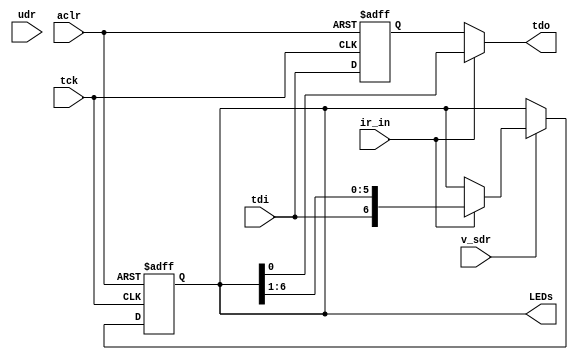
module vJTAG_interface (
    input tck, tdi, aclr, ir_in,v_sdr, udr,
 
    output reg [6:0] LEDs,
    output reg tdo
 
);
 
reg DR0_bypass_reg; // Safeguard in case bad IR is sent through JTAG
reg [6:0] DR1; // Date, time and revision DR.  We could make separate Data Registers for each one, but
 
wire select_DR0 = !ir_in; // Default to 0, which is the bypass register
wire select_DR1 = ir_in; //Data Register 1 will collect the new LED Settings
 
always @ (posedge tck or posedge aclr)
begin
    if (aclr)
    begin
        DR0_bypass_reg <= 1'b0;
        DR1 <= 7'b000000;
    end
    else
    begin
        DR0_bypass_reg <= tdi; //Update the Bypass Register Just in case the incoming data is not sent to DR1
 
        if ( v_sdr )  // VJI is in Shift DR state
            if (select_DR1) //ir_in has been set to choose DR1
                    DR1 <= {tdi, DR1[6:1]}; // Shifting in (and out) the data
 
    end
end
 
//Maintain the TDO Continuity
always @ (*)
begin
    if (select_DR1)
        tdo <= DR1[0];
    else
        tdo <= DR0_bypass_reg;
end
 
//The udr signal will assert when the data has been transmitted and it's time to Update the DR
//  so copy it to the Output LED register.
//  Note that connecting the LED's to the DR1 register will cause an unwanted behavior as data is shifted through it
always @(udr)
begin
    LEDs <= DR1;
end
 
endmodule